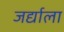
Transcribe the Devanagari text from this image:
जर्द्याला